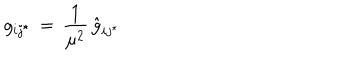
g _ { i j ^ { \star } } \, = \, { \frac { 1 } { \mu ^ { 2 } } } \, { \hat { g } } _ { i j ^ { \star } }